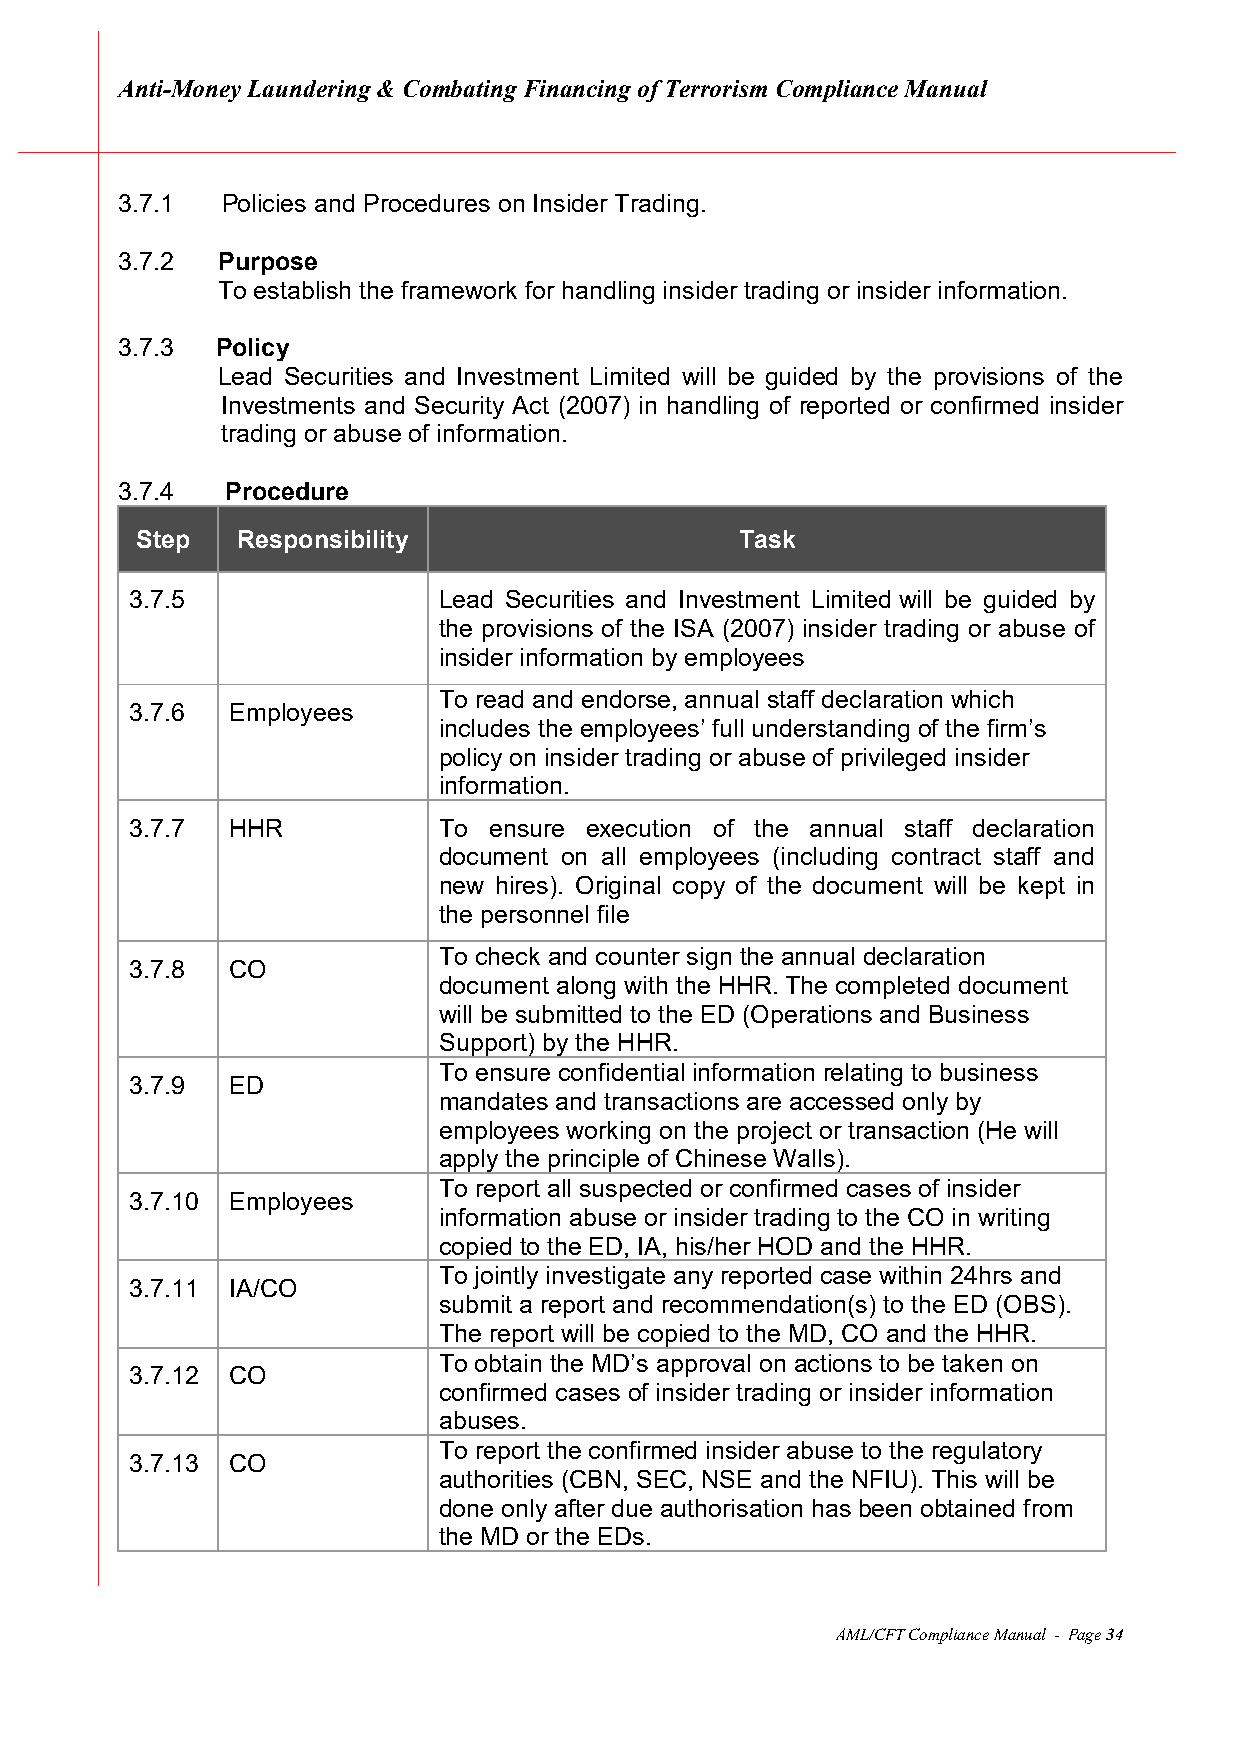
Anti-Money Laundering & Combating Financing of Terrorism Compliance Manual
 3.7.1  Policies and Procedures on Insider Trading.
 3.7.2 Purpose
 To establish the framework for handling insider trading or insider information.
 3.7.3 Policy
 Lead Securities and Investment Limited will be guided by the provisions of the
 Investments and Security Act (2007) in handling of reported or confirmed insider
 trading or abuse of information.
 3.7.4  Procedure
 Step   Responsibility                   Task
 3.7.5               Lead Securities and Investment Limited will be guided by
 the provisions of the ISA (2007) insider trading or abuse of
 insider information by employees
 To read and endorse, annual staff declaration which
 3.7.6 Employees
 includes the employees’ full understanding of the firm’s
 policy on insider trading or abuse of privileged insider
 information.
 3.7.7 HHR           To ensure execution of the annual staff declaration
 document on all employees (including contract staff and
 new hires). Original copy of the document will be kept in
 the personnel file
 To check and counter sign the annual declaration
 3.7.8 CO
 document along with the HHR. The completed document
 will be submitted to the ED (Operations and Business
 Support) by the HHR.
 To ensure confidential information relating to business
 3.7.9 ED
 mandates and transactions are accessed only by
 employees working on the project or transaction (He will
 apply the principle of Chinese Walls).
 To report all suspected or confirmed cases of insider
 3.7.10 Employees
 information abuse or insider trading to the CO in writing
 copied to the ED, IA, his/her HOD and the HHR.
 To jointly investigate any reported case within 24hrs and
 3.7.11 IA/CO
 submit a report and recommendation(s) to the ED (OBS).
 The report will be copied to the MD, CO and the HHR.
 To obtain the MD’s approval on actions to be taken on
 3.7.12 CO
 confirmed cases of insider trading or insider information
 abuses.
 To report the confirmed insider abuse to the regulatory
 3.7.13 CO
 authorities (CBN, SEC, NSE and the NFIU). This will be
 done only after due authorisation has been obtained from
 the MD or the EDs.
 AML/CFT Compliance Manual - Page 34